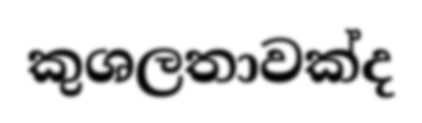
කුශලතාවක්ද